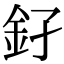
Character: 𨥂